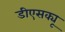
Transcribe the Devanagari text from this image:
डीएसक्यू